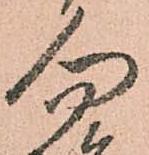
勿